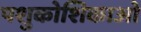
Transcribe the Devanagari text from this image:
पशुकोशिकाओं